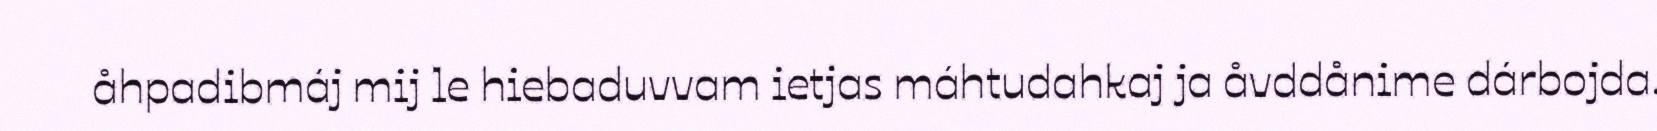
åhpadibmáj mij le hiebaduvvam ietjas máhtudahkaj ja åvddånime dárbojda.